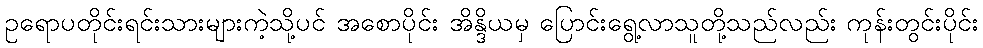
ဥရောပတိုင်းရင်းသားများကဲ့သို့ပင် အစောပိုင်း အိန္ဒိယမှ ပြောင်းရွေ့လာသူတို့သည်လည်း ကုန်းတွင်းပိုင်း